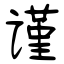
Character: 谨